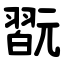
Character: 翫